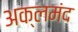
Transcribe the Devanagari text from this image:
अक्लमंद